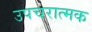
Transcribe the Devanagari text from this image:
उपचरात्मक